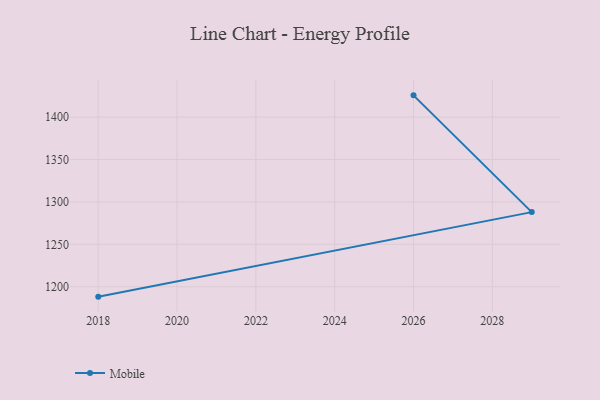
{"axis": {"x": "Year", "y": "Gross Profit (USD K)"}, "legend": ["Mobile"], "data": [{"x": "2018", "y": 1188.3, "type": "Mobile"}, {"x": "2029", "y": 1288.0, "type": "Mobile"}, {"x": "2026", "y": 1425.7, "type": "Mobile"}]}